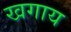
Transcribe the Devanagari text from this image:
खगाय